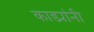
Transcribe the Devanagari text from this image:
काड्यांनी